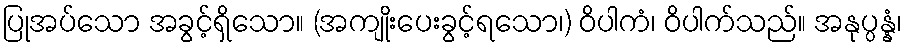
ပြုအပ်သော အခွင့်ရှိသော။ (အကျိုးပေးခွင့်ရသော၊) ဝိပါကံ၊ ဝိပါက်သည်။ အနုပ္ပန္နံ၊